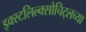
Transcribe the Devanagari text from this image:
इक्स्टलिल्क्सोचिट्लच्या